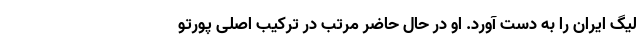
لیگ ایران را به دست آورد. او در حال حاضر مرتب در ترکیب اصلی پورتو